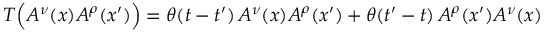
T \Bigl ( A ^ { \nu } ( x ) A ^ { \rho } ( x ^ { \prime } ) \Bigr ) = \theta ( t - t ^ { \prime } ) \, A ^ { \nu } ( x ) A ^ { \rho } ( x ^ { \prime } ) + \theta ( t ^ { \prime } - t ) \, A ^ { \rho } ( x ^ { \prime } ) A ^ { \nu } ( x )